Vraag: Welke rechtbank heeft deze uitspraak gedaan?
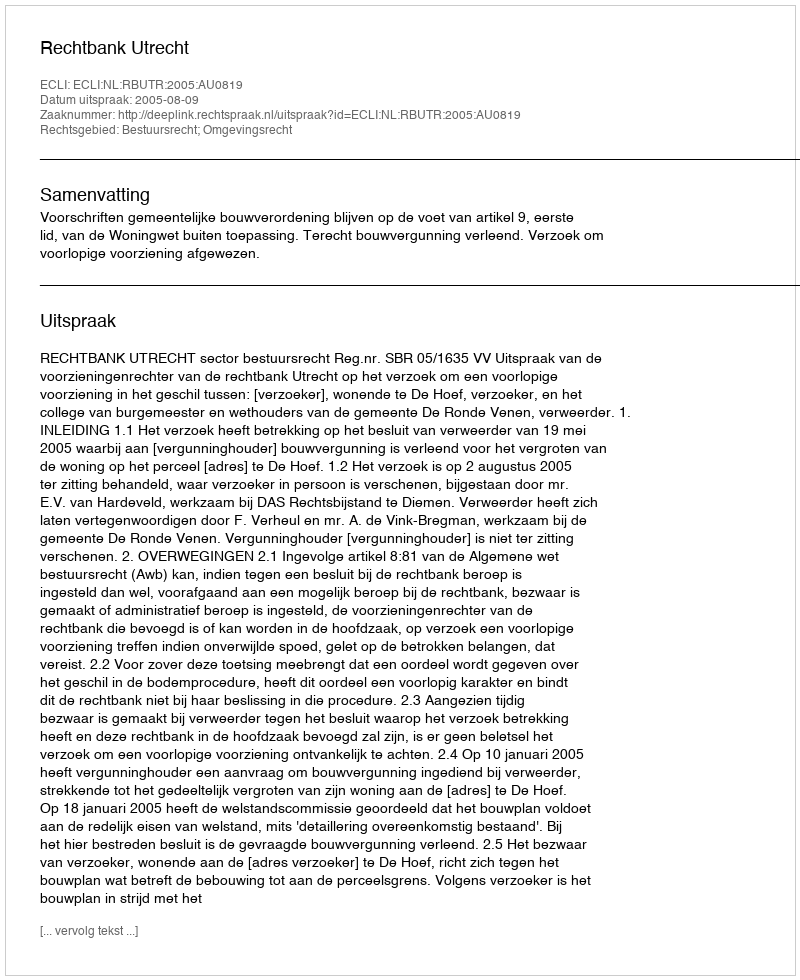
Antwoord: Rechtbank Utrecht